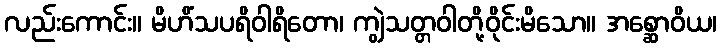
လည်းကောင်း။ မိဟိံသပရိဝါရိတော၊ ကျွဲသတ္တဝါတို့ဝိုင်းမိသော။ အစ္ဆောဝိယ၊